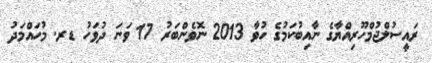
ރައީސުލްޖުމްހޫރިއްޔާގެ ނާއިބުކަމުގެ ހުވާ 2013 ނޮވެންބަރު 17 ވަނަ ދުވަހު ޑރ. މުހައްމަދު